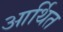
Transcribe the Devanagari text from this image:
आर्थित